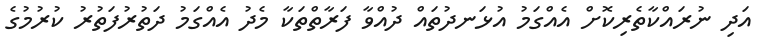
އަދި ނުރައްކާތެރިކޮށް އެއްގަމު އުޅަނދުތައް ދުއްވާ ފަރާތްތަކާ މެދު އެއްގަމު ދަތުރުފަތުރު ކުރުމުގެ